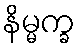
နိမ္မက္ခ